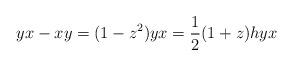
\begin{align*}yx - xy = (1-z^2)yx = \frac{1}{2}(1+z)hyx\end{align*}